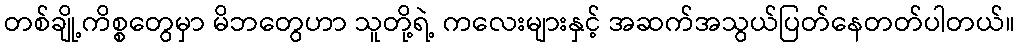
တစ်ချို့ကိစ္စတွေမှာ မိဘတွေဟာ သူတို့ရဲ့ ကလေးများနှင့် အဆက်အသွယ်ပြတ်နေတတ်ပါတယ်။